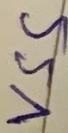
Text: VSS